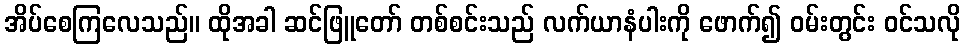
အိပ်စေကြလေသည်။ ထိုအခါ ဆင်ဖြူတော် တစ်စင်းသည် လက်ယာနံပါးကို ဖောက်၍ ဝမ်းတွင်း ဝင်သလို